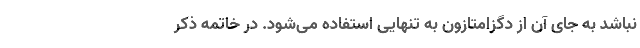
نباشد به جای آن از دگزامتازون به تنهایی استفاده می‌شود. در خاتمه ذکر